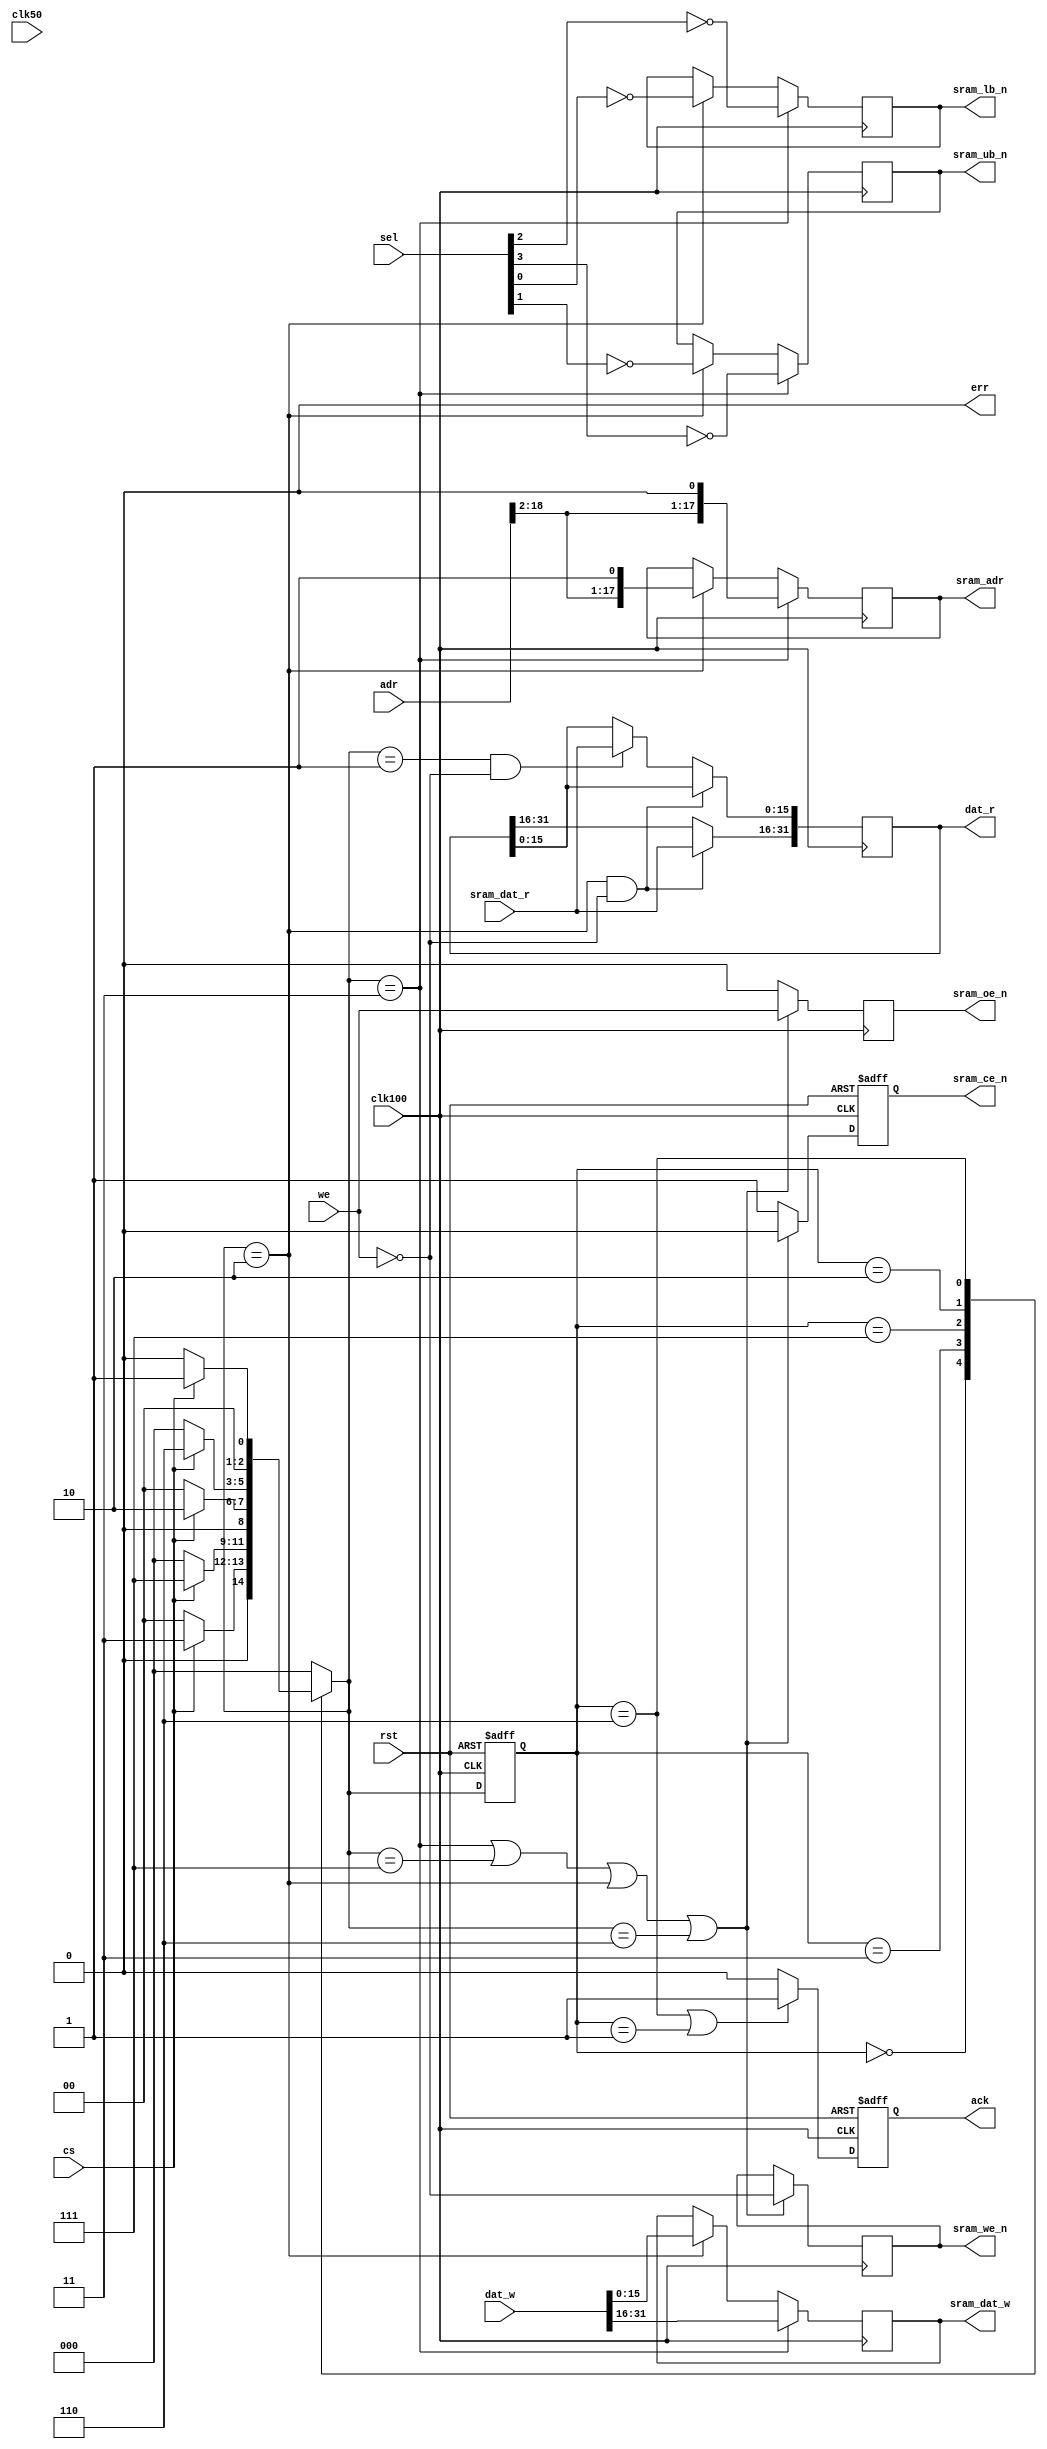
module qmem_sram #(
  parameter AW = 32,
  parameter DW = 32,
  parameter SW = DW/8
)(
  // system signals
  input  wire           clk50,
  input  wire           clk100,
  input  wire           rst,
  // qmem bus
  input  wire [AW-1:0]  adr,
  input  wire           cs,
  input  wire           we,
  input  wire [SW-1:0]  sel,
  input  wire [DW-1:0]  dat_w,
  output reg  [DW-1:0]  dat_r,
  output wire           ack,
  output wire           err,
  // SRAM interface
  output wire [18-1:0]  sram_adr,
  output wire           sram_ce_n,
  output wire           sram_we_n,
  output wire           sram_ub_n,
  output wire           sram_lb_n,
  output wire           sram_oe_n,
  output wire [16-1:0]  sram_dat_w,
  input  wire [16-1:0]  sram_dat_r
);



`ifndef QMEM_SRAM_ASYNC
////////////////////////////////////////
// registered outputs variant         //
////////////////////////////////////////

/* state */
localparam S_ID  = 3'b000; // idle
localparam S_HI1 = 3'b011; // first access,  write upper 16 bits
localparam S_HI2 = 3'b111;
localparam S_LO1 = 3'b010; // second access, write lower 16 bits, latch upper 16 bits
localparam S_LO2 = 3'b110;
localparam S_FH  = 3'b001; // last read,                          latch lower 16 bits

reg [2:0] state, next_state;

always @ (*)
begin
  case (state)
    S_ID    : begin if (cs) next_state = S_HI1; else next_state = S_ID; end
    S_HI1   : begin if (cs) next_state = S_HI2; else next_state = S_ID; end
    S_HI2   : begin if (cs) next_state = S_LO1; else next_state = S_ID; end
    S_LO1   : begin if (cs) next_state = S_LO2; else next_state = S_ID; end
    S_LO2   : begin if (cs) next_state = S_FH;  else next_state = S_ID; end
    S_FH    : begin                                  next_state = S_ID; end
    default : begin                                  next_state = S_ID; end
  endcase
end

always @ (posedge clk100 or posedge rst)
begin
  if (rst)
    state <= #1 S_ID;
  else
    state <= #1 next_state;
end


/* output registers */

// address
reg [17:0] s_adr;
always @ (posedge clk100)
begin
  if (next_state == S_HI1)
    s_adr <= #1 {adr[18:2], 1'b0};
  else if (next_state == S_LO1)
    s_adr <= #1 {adr[18:2], 1'b1};
end

// ce_n
reg s_ce_n;
always @ (posedge clk100 or posedge rst)
begin
  if (rst)
    s_ce_n <= #1 1'b1;
  else if ((next_state == S_HI1) || (next_state == S_HI2) || (next_state == S_LO1) || (next_state == S_LO2))
    s_ce_n <= #1 1'b0;
  else
    s_ce_n <= #1 1'b1;
end

// we_n
reg s_we_n;
always @ (posedge clk100)
begin
  if ((next_state == S_HI1) || (next_state == S_HI2) || (next_state == S_LO1) || (next_state == S_LO2))
    s_we_n <= #1 !we;
end

// ub_n & lb_n
reg s_ub_n, s_lb_n;
always @ (posedge clk100)
begin
  if (next_state == S_HI1)
    {s_ub_n, s_lb_n} <= #1 {!sel[3], !sel[2]};
  else if (next_state == S_LO1)
    {s_ub_n, s_lb_n} <= #1 {!sel[1], !sel[0]};
end

// oe_n
reg s_oe_n;
always @ (posedge clk100)
begin
  if ((next_state == S_HI1) || (next_state == S_HI2) || (next_state == S_LO1) || (next_state == S_LO2))
    s_oe_n <= #1 we;
  else
    s_oe_n <= #1 1'b0;
end

// dat_w
reg [15:0] s_dat_w;
always @ (posedge clk100)
begin
  if (next_state == S_HI1)
    s_dat_w <= #1 dat_w[31:16];
  else if (next_state == S_LO1)
    s_dat_w <= #1 dat_w[15:0];
end


/* inputs */

// dat_r
reg [31:0] s_dat_r;
always @ (posedge clk100)
begin
  if ((next_state == S_LO1) && !we)
    dat_r[31:16] <= #1 sram_dat_r;
  else if ((next_state == S_FH) && !we)
    dat_r[15: 0] <= #1 sram_dat_r;
end

// ack
reg s_ack;
always @ (posedge clk100 or posedge rst)
begin
  if (rst)
    s_ack <= #1 1'b0;
  else if ((state == S_LO2) || (state == S_FH))
    s_ack <= #1 1'b1;
  else
    s_ack <= #1 1'b0;
end


/* output assignments */
assign sram_adr   = s_adr;
assign sram_ce_n  = s_ce_n;
assign sram_we_n  = s_we_n;
assign sram_ub_n  = s_ub_n;
assign sram_lb_n  = s_lb_n;
assign sram_oe_n  = s_oe_n;
assign sram_dat_w = s_dat_w;
assign ack        = s_ack;
assign err        = 1'b0;




`else
////////////////////////////////////////
// async outputs variant              //
////////////////////////////////////////


/* local signals */
reg  [ AW-1:0] adr_r;
wire           adr_changed;
reg            cnt;
reg  [ 16-1:0] rdat_r;


/* address change */
always @ (posedge clk50) adr_r <= #1 adr;
assign adr_changed = (adr != adr_r);


/* cs counter */
always @ (posedge clk50 or posedge rst)
begin
  if (rst)
    cnt <= #1 1'b0;
  else if (adr_changed)
    cnt <= #1 1'b0;
  else if (cs)
    cnt <= #1 !cnt;
end


/* read data reg */
always @ (posedge clk50) if (cs && !cnt && !we) rdat_r <= #1 sram_dat_r;


/* qmem outputs */
// TODO dat_r - check if a reg is needed! maybe should use address register!
always @ (posedge clk50) if (cs && cnt && !we) dat_r <= #1 {sram_dat_r, rdat_r};
//assign dat_r = {sram_dat_r, rdat_r};
assign ack = cnt;
assign err = 1'b0;


/* SRAM outputs */
assign sram_adr   = (!cnt) ? {adr[18:2], 1'b0} : {adr[18:2], 1'b1};
assign sram_ce_n  = !cs;
assign sram_we_n  = !we;
assign sram_ub_n  = !((!cnt) ? sel[1] : sel[3]);
assign sram_lb_n  = !((!cnt) ? sel[0] : sel[2]);
assign sram_oe_n  = we;
assign sram_dat_w = (!cnt) ?  dat_w[15:0] : dat_w[31:16];


`endif



endmodule